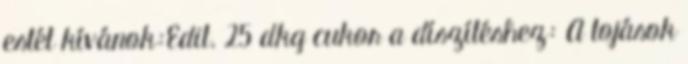
estét kívánok:Edit. 25 dkg cukor a díszítéshez: A tojások